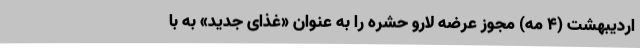
اردیبهشت (۴ مه) مجوز عرضه لارو حشره را به عنوان «غذای جدید» به با